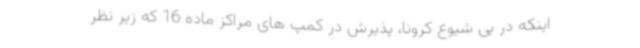
اینکه در پی شیوع کرونا، پذیرش در کمپ های مراکز ماده 16 که زیر نظر